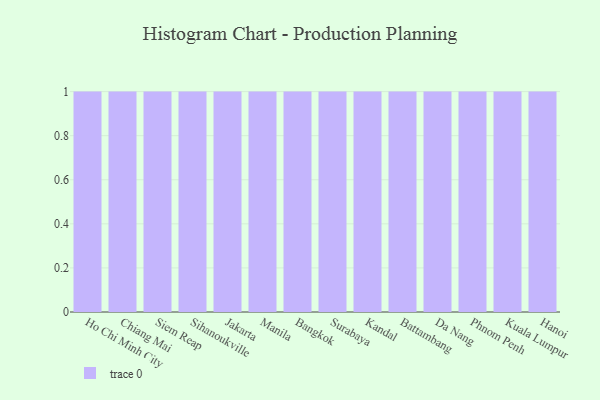
{"axis": {"x": "City", "y": "Backlog"}, "legend": [""], "data": [{"x": "Ho Chi Minh City", "y": 72, "type": ""}, {"x": "Chiang Mai", "y": 44, "type": ""}, {"x": "Siem Reap", "y": 54, "type": ""}, {"x": "Sihanoukville", "y": 80, "type": ""}, {"x": "Jakarta", "y": 59, "type": ""}, {"x": "Manila", "y": 66, "type": ""}, {"x": "Bangkok", "y": 29, "type": ""}, {"x": "Surabaya", "y": 55, "type": ""}, {"x": "Kandal", "y": 12, "type": ""}, {"x": "Battambang", "y": 24, "type": ""}, {"x": "Da Nang", "y": 64, "type": ""}, {"x": "Phnom Penh", "y": 40, "type": ""}, {"x": "Kuala Lumpur", "y": 18, "type": ""}, {"x": "Hanoi", "y": 62, "type": ""}]}